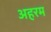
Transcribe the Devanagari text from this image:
अहरम